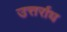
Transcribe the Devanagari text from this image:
उत्तर्राध